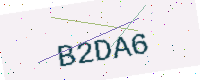
Text: B2DA6